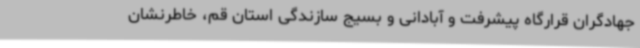
جهادگران قرارگاه پیشرفت و آبادانی و بسیج سازندگی استان قم، خاطرنشان